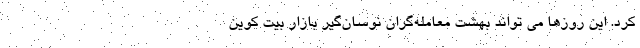
کرد. این روزها می تواند بهشت معامله‌گران نوسان‌گیر بازار بیت کوین